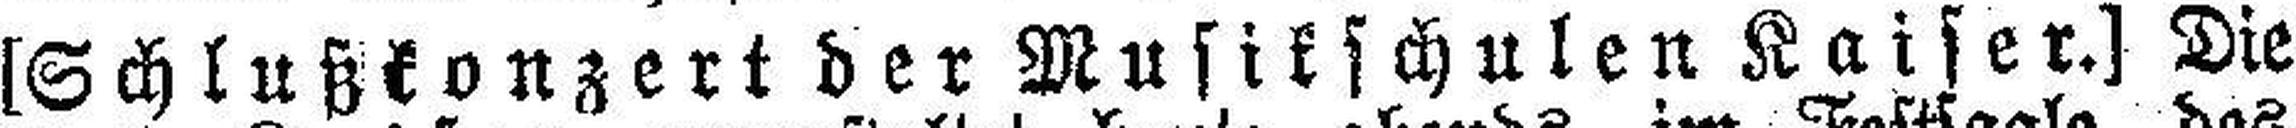
[Schlußkonzert der Musikschulen Kaiser.] Die